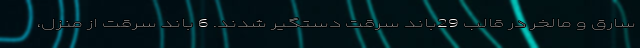
سارق و مالخر در قالب 29باند سرقت دستگیر شدند. 6 باند سرقت از منزل،